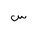
Letter: _sin